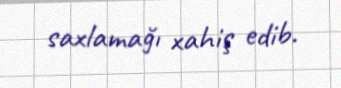
saxlamağı xahiş edib.